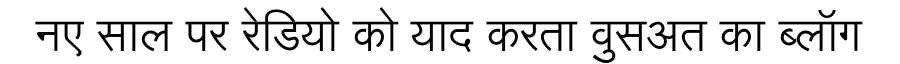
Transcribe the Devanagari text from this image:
नए साल पर रेडियो को याद करता वुसअत का ब्लॉग